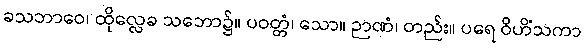
ခသဘာဝေ၊ ထိုလ္လေခ သဘော၌။ ပဝတ္တံ၊ သော။ ဉာဏံ၊ တည်း။ ပရေ ဝိဟိံသကာ